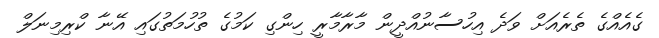
ގެއެއްގެ ތެރެއަށް ވަދެ އިހުސާނުއްދީން މާރާމާރީ ހިންގި ކަމުގެ ތުހުމަތުގައި އޭނާ ކްރިމިނަލް